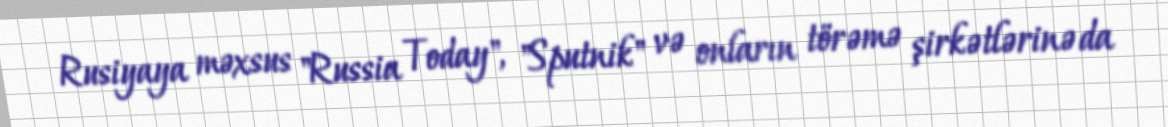
Rusiyaya məxsus "Russia Today", "Sputnik" və onların törəmə şirkətlərinə da